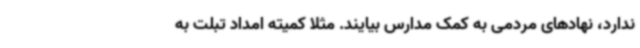
ندارد، نهادهای مردمی به کمک مدارس بیایند. مثلا کمیته امداد تبلت به